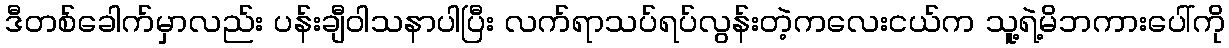
ဒီတစ်ခေါက်မှာလည်း ပန်းချီဝါသနာပါပြီး လက်ရာသပ်ရပ်လွန်းတဲ့ကလေးငယ်က သူ့ရဲ့မိဘကားပေါ်ကို